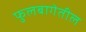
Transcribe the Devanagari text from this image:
फुलबागेतील